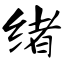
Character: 绪